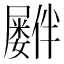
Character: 𪨠